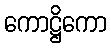
ကောဋ္ဌိကော